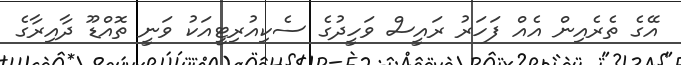
އޭގެ ތެރެއިން އެއް ފަހަރު ރައީސް ވަހީދުގެ ސެކިއުރިޓީއަކު ވަނީ ތޮއްޑޫ ދާއިރާގެ